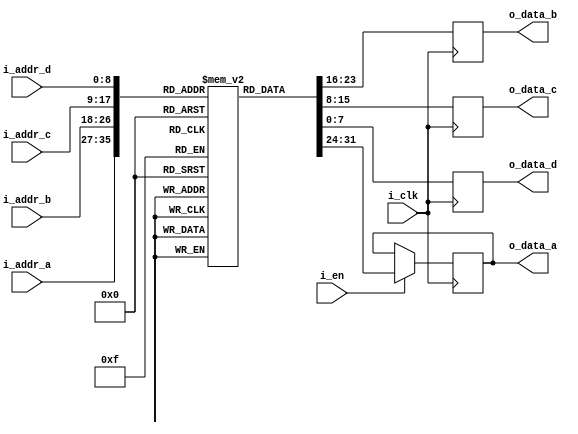
///////////////////////////////////////////////////////////////////////////////
// $Author: BH $    $Date: 2022-02-09 $    $Revision: 0 $
//
// Module: rom_4ch.v
// Project: iCESDM (Sigma Delta Modulator for Lattice iCE40)
// Description: 4-channel read only memory.
//
// Change history:  2022-02-09 Created file (adapted from rom_2ch.v).
//
// 2023 ETH Zurich, Brett Hannigan; D-HEST; Biomedical and Mobile Health Technology (BMHT) Lab; Carlo Menon
//
///////////////////////////////////////////////////////////////////////////////

`ifndef __ROM_4CH_INCLUDE__
`define __ROM_4CH_INCLUDE__
`endif

module rom_4ch(i_clk, i_en, i_addr_a, i_addr_b, i_addr_c, i_addr_d, o_data_a, o_data_b, o_data_c, o_data_d);
    parameter ADDR_WIDTH = 9;
    parameter DATA_WIDTH = 8;
    parameter LOAD_PATH = "";
    input i_clk, i_en;
    input [(ADDR_WIDTH-1):0] i_addr_a, i_addr_b, i_addr_c, i_addr_d;
    output reg [(DATA_WIDTH-1):0] o_data_a, o_data_b, o_data_c, o_data_d;
    reg [(DATA_WIDTH-1):0] mem [0:((1<<ADDR_WIDTH)-1)];

    initial if (LOAD_PATH) $readmemh(LOAD_PATH, mem);

    always @(posedge i_clk)
    begin
        if (i_en)
            o_data_a <= mem[i_addr_a];
            o_data_b <= mem[i_addr_b];
            o_data_c <= mem[i_addr_c];
            o_data_d <= mem[i_addr_d];
    end
endmodule